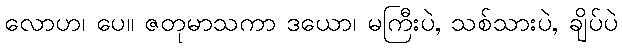
လောဟ၊ ပေ။ ဇတုမာသကာ ဒယော၊ မကြီးပဲ, သစ်သားပဲ, ချိပ်ပဲ